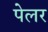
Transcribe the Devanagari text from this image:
पेलर